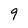
Character: 9